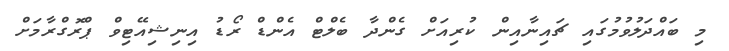
މި ބައްދަލުވުމުގައި ޗައިނާއިން ކުރިއަށް ގެންދާ ބެލްޓް އެންޑް ރޯޑު އިނިޝިއޭޓިވް ޕްރޮގްރާމަށް